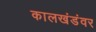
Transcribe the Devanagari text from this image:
कालखंडंवर